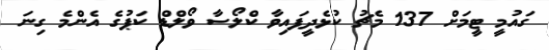
ގައުމީ ޓީމަށް 137 މެޗު ކުޅެދީފައިވާ ކްލޯސާ ވޯލްޑް ކަޕުގެ އެންމެ ގިނަ